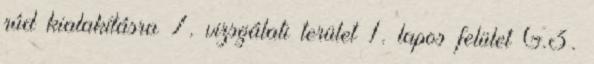
rúd kialakításra 7. vizsgálati terület 1. lapos felület G.3.